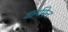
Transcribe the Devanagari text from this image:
आर्मामेन्ट